[Report on the health of British troops in the Madras command]
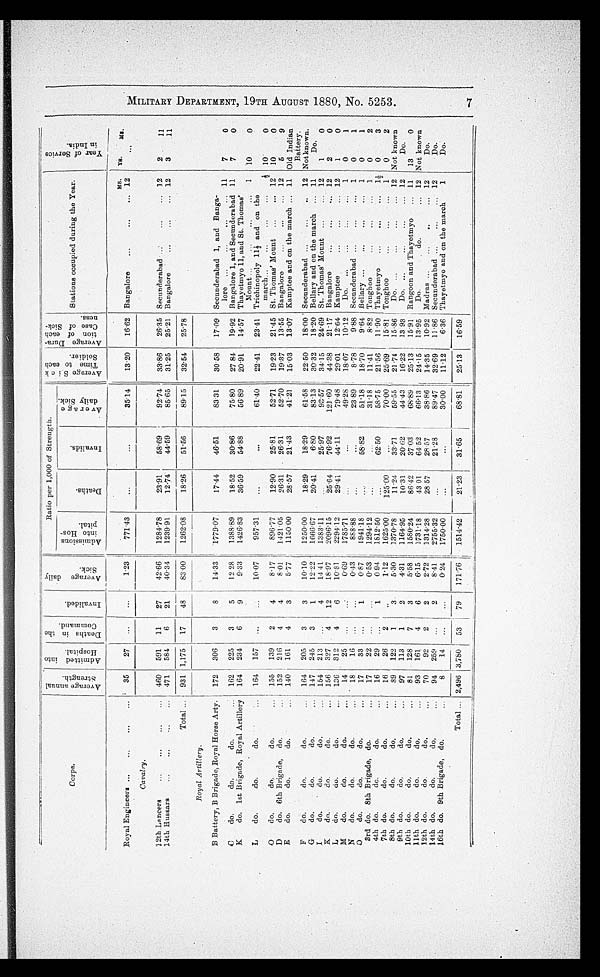
M I L I T A R Y D E P A R T M E N T , 1 9 T H A U G U S T 1 8 8 0 , N O . 5 2 5 3 .
7
-
Corps.
A v e r a g e a n n u a l S t r e n g t h .
A d m i t t e d i n t o H o s p i t a l .
D e a t h s i n t h e C o m m a n d .
A
I nval i ded.
A v e r a g e d a i l y S i c k .
Ratio per 1,000 of Strength.
A v e r a g e S i c k T i m i e t o e a c h S o l d i e r . A v e r a g e D u r a - t i o n o f e a c h C a s e o f S i c k - n e s s .
Stations occupied during the Year.
Y e a r o f S e r v i c e i n I n d i a .
Admi s s i ons i nt o Hos - pi t a l .
De a t h s .
I nva l i ds .
A v e r a g e d a i l y S i c k .
Royal Engineers ...
...
...
...
35
27 ...
1.23
771.43
...
...
35.14
13.20
16.62
MS. YS.
Ms.
Bangalore ... ... ... 12
. . .
C a v a l r y .
12th Lancers
...
...
...
...
460 591 11
27
42.66 1284.78
23.91
58.69
92.74
33.86
26.35 Secunderabad ...
...
... 12
2 11
14th Hussars
...
... ...
... 471 584
6
21
40.34
1239.91
12.74
44.59
85.65
31.25
25.21 Bangalore
...
...
... 12
3
11
Total ... 931 1,175 17
48
83.00 1262.08
18.26
51.56
89.15
32.54 25.78
Royal Artillery.
B Battery, B Brigade, Royal Horse Arty. 172 306
3
8
14.33 1779.07
17.44
46.51
83.31
30.58
17.09 Secunderabad 1, and Banga-
7
0
lore ...
...
...
... 11
C
do.
do.
do.
. . . 162 225
3
5
12 28
1388.89
18.52
30.86
75.80
27 84
19.92 Bangalore 1, and Secunderabad 11
7
0
K
do. 1st Brigade, Royal Artillery 164 234
6
9
9.33 1426.83
36.59
54.88
56.89
20.91
14.57 Thayetmyo 11, and St. Thomas'
10
0
Mount ...
...
...
... 1
L
do.
do.
do.
... 164 157 ...
...
10.07
957.31
...
...
61.40
22.41
23.41 Trichinopoly 111/2 and on the
10
0
march...
...
...
...
1/2
O do.
do.
do.
... 155 139
2
4
8.17
896.77
12.90
25.81 I
52.71
19.23
21.45 St. Thomas' Mount ...
... 12 10
0
D
do. 6th Brigade, do.
... 152 216
4
4
8.01
1421.05
26.31
26.31
52.70
19.37
13.55 Bangalore
...
... ... 12
5
9
E
do.
do.
do.
... 140
161
4
3
5.77
1150.00
28.57
21.43
41.21
15.03
13.07 Kamptee and on the march ... 11 Old Indian
Battery.
F
do.
do.
do.
... 164 205
3
3
10.10 1250.00
-
18.29
18.29
61.58
22.50
18.00 Secunderabad ...
... ...
12 Not known.
G
do.
do.
do.
...
147 245
3
1
12.22
1666.67
20.41
6.80
83.13
30.32
18.20 Bellary and on the march ... 11
Do.
I
do.
do.
do.
... 154
213
...
4
14.41 41
1383.11
...
25.97
93.57
34.15
24.69 St. Thomas' Mount ...
... 12
1
0
K
do.
do.
do.
... 156 327
4
12
18.97
2096.15
25.64
76.92
121.60 44.38
21.17 Bangalore
...
...
... 12
2
0
L
do.
do.
do.
... 136 312
4
6
10.81
2294.12
29.41
44.11
79.48
29.01
12.64 Kamptee
...
...
... 12
1
0
M
do.
do.
do.
...
14
25
... ...
0.69 1785.71
...
...
49.28 18.07
10.12
Do. ... ...
...
... 1
. . .
0
1
N
do.
do.
do.
...
18
16 ...
...
0.43
888.88
...
...
23 89
8.78
9.88 Secunderabad ... ...
...
1
0
1
O
do.
do.
do.
... 17
33 ...
1
0.87
1941.18 ...
58.82
51.18
18.70
9.64 Bellary ...
...
...
... 1
0
1
3rd do. 8th Brigade, do.
...
17
22 ...
...
0.53
1294.12
...
...
31.18
11.41
8.82 Tonghoo ...
... ...
1
0
2
4th do.
do.
do.
...
16
29 ...
1
0 94
1812.5
...
62.50
58.75 21.56
11.90 Thayetmyo
...
...
... 11/2 0
3
7th do.
do.
do.
...
16
26
2
..
1.12
1625.00
125.00
...
70.00
25.69
15.81 Tonghoo
...
... ... 1
0
2
8th do.
do.
do.
...
89 122
1
3
5.30
1370.78
11.24
33.71
59.55
21.74
15.86
Do. ...
...
...
... 12 Not known
9th do.
do.
do,
...
97 113
1
2
4.31
1164.95
10.31
20.62
44.43
16.22 13 93
Do. ...
...
...
... 12
Do.
10th do.
do.
do.
...
81
128
7
3
5.58
1580.24
86.42
37.03
68.89
25.13
15.91 Rangoon and Thayetmyo
... 11 13
0
11th do.
do.
do.
...
93 161
4
6
6.15
1731.18
43 01
64.52
66.13
24.15 13.95
Do.
do.
... 12 Not known
12th do.
do.
do.
...
70
92
2
2
2.72
1314.28
28.57
28.57
38.86
14.35
10.92 Madras ...
...
... ... 12
Do.
14th do.
do.
do.
...
94 259 ...
2
8.41
2755.32
..,
21.28
89.47
32.69
11.86 Secunderabad ...
...
... 12
Do.
16th do. 9th Brigade, do.
...
8
14 .,.
...
0.24
1750.00
...
...
30.00
11.12
6.36 Thayetmyo and on the march
1
Do.
Total ... 2,496 3,780 53
79
171.76
1514.42
21.23
31.65
68.81
25.13
16.59